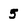
Character: 5